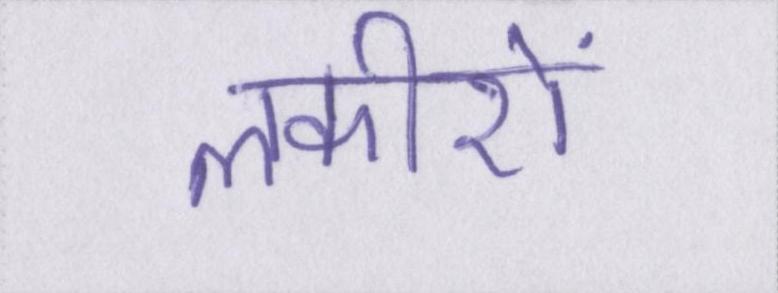
लकीरों